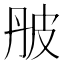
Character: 𤿔